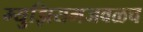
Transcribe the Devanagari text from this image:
म्युझियमजवळच